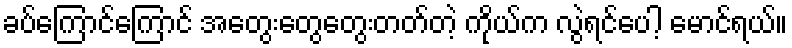
ခပ်ကြောင်ကြောင် အတွေးတွေတွေးတတ်တဲ့ ကိုယ်က လွဲရင်ပေါ့ မောင်ရယ်။